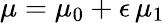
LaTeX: \mu=\mu_{0}+\epsilon\, \mu_{1}